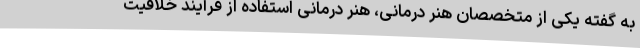
به گفته یکی از متخصصان هنر درمانی، هنر درمانی استفاده از فرآیند خلاقیت